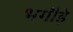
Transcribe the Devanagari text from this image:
भगौड़े